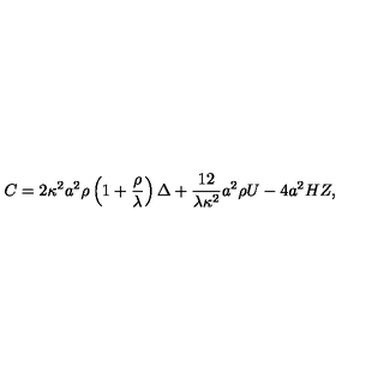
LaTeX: C = 2 \kappa ^ { 2 } a ^ { 2 } \rho \left( 1 + { \frac { \rho } { \lambda } } \right) \Delta + { \frac { 1 2 } { \lambda \kappa ^ { 2 } } } a ^ { 2 } \rho U - 4 a ^ { 2 } H Z ,